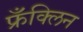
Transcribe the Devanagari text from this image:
फ्रँक्लिन